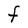
Character: F